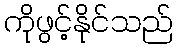
ကိုဖွင့်နိုင်သည်